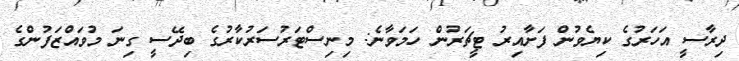
ދިރާސީ އަހަރުގެ ކިޔެވުން ފަށާއިރު ޓީޗަރުން ހަމަވާނެ: މިނިސްޓަރުސަރުކާރުގެ ބިދޭސީ ގިނަ މުވައްޒަފުންގެ